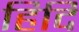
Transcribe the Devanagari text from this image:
हिदि